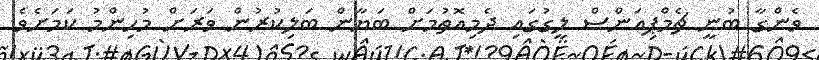
ވެންގާ ބުނީ ޗެމްޕިއަންސް ލީގުގައި ދެމިއޮތުމަށް ބަޔާން ބަލިކުރުން ވަރަށް މުހިންމު ކަމަށެވެ.